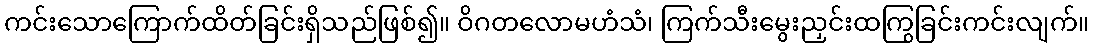
ကင်းသောကြောက်ထိတ်ခြင်းရှိသည်ဖြစ်၍။ ဝိဂတလောမဟံသံ၊ ကြက်သီးမွေးညှင်းထကြွခြင်းကင်းလျက်။